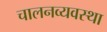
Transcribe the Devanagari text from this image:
चालनव्यवस्था